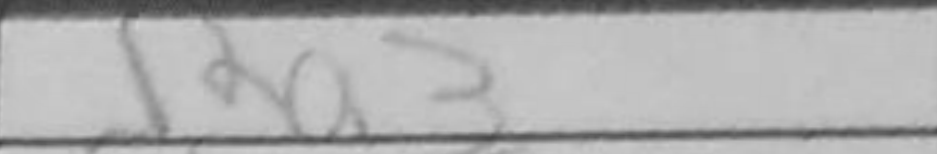
Transcription: Ra3